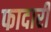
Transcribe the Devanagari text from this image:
फादारी